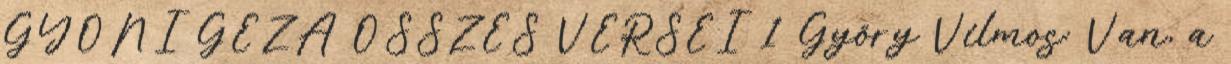
GYÓNI GÉZA ÖSSZES VERSEI 1 Győry Vilmos: Van, a